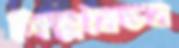
শিল্পবৈভব